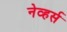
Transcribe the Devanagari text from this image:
नेव्हर्स